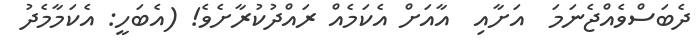
ދެބަސްވެއްޖެނަމަ  އަށާއި  އާއަށް އެކަމެއް ރައްދުކުރާށެވެ! (އެބަހީ: އެކަމާމެދު